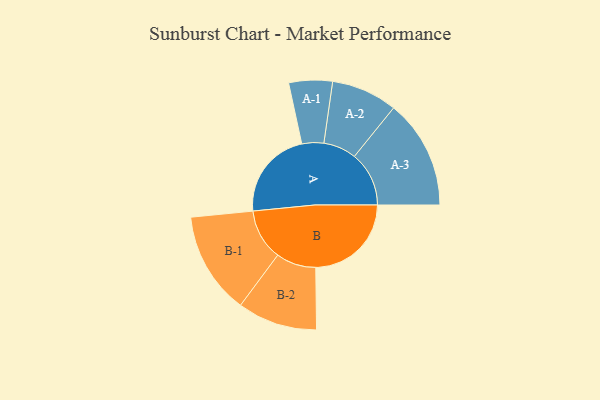
{"axis": {"x": "Segment", "y": "Value"}, "legend": ["", "A", "B"], "data": [{"x": "A", "y": 438, "type": ""}, {"x": "B", "y": 469, "type": ""}, {"x": "A-1", "y": 107, "type": "A"}, {"x": "A-2", "y": 162, "type": "A"}, {"x": "A-3", "y": 268, "type": "A"}, {"x": "B-1", "y": 251, "type": "B"}, {"x": "B-2", "y": 196, "type": "B"}]}